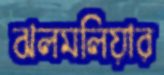
ঝলমলিয়ার